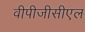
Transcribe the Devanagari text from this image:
वीपीजीसीएल